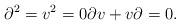
LaTeX: \begin{align*}\begin{aligned}\partial ^{2}=v^{2}=0 \partial v+ v\partial =0.\end{aligned}\end{align*}